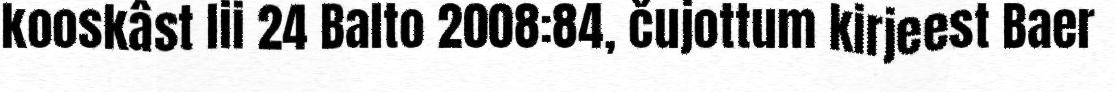
kooskâst lii 24 Balto 2008:84, čujottum kirjeest Baer